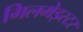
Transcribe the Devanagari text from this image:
गिलमेइस्टर